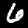
Label: 6